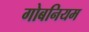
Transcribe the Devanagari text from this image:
गोबनियम